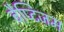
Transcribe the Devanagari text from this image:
बैप्टिज़म